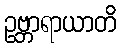
ဥဗ္ဘာရာယာတိ